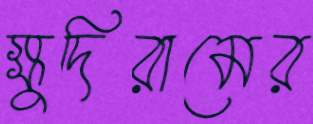
ক্ষুদিরামের